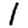
Digit: 1